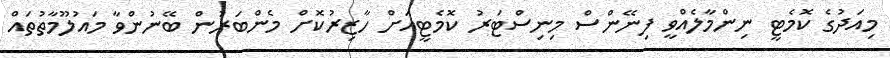
މިއަދުގެ ކޮމެޓީ ނިންމާލެއްވީ ފިނޭންސް މިނިސްޓަރު ކޮމެޓީއަށް ހާޒިރުކޮށް މެންބަރުން ބޭނުންވާ މައުލޫމާތުތައް